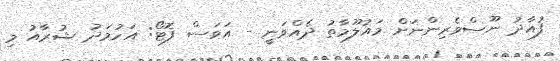
ފުއާދު ނޫސްވެރިންނަށް މައުލޫމާތު ދެއްވަނީ - އަވަސް ފޮޓޯ: އަހުމަދު ޝުރާއު މި